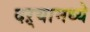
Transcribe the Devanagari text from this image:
दऱ्यामध्ये